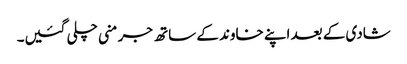
شادی کے بعد اپنے خاوند کے ساتھ جرمنی چلی گئیں۔